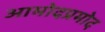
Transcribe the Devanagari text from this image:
आमोदप्रमोद